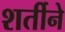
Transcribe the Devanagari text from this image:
शर्तीने